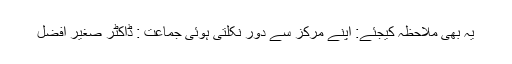
یہ بھی ملاحظہ کیجئے: اپنے مرکز سے دور نکلتی ہوئی جماعت : ڈاکٹر صغیر افضل